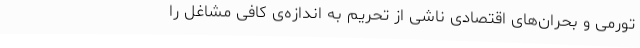
تورمی و بحران‌های اقتصادی ناشی از تحریم به اندازه‌ی کافی مشاغل را